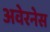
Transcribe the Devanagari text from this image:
अवेरनेस